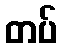
တပ်